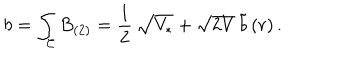
LaTeX: b = \int _ { \mathcal { C } } B _ { ( 2 ) } = \frac { 1 } { 2 } \, \sqrt { V _ { * } } + \sqrt { 2 V } \, \tilde { b } \, ( r ) \, .